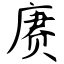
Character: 赓